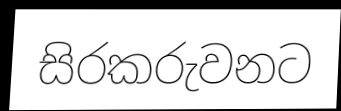
සිරකරුවනට